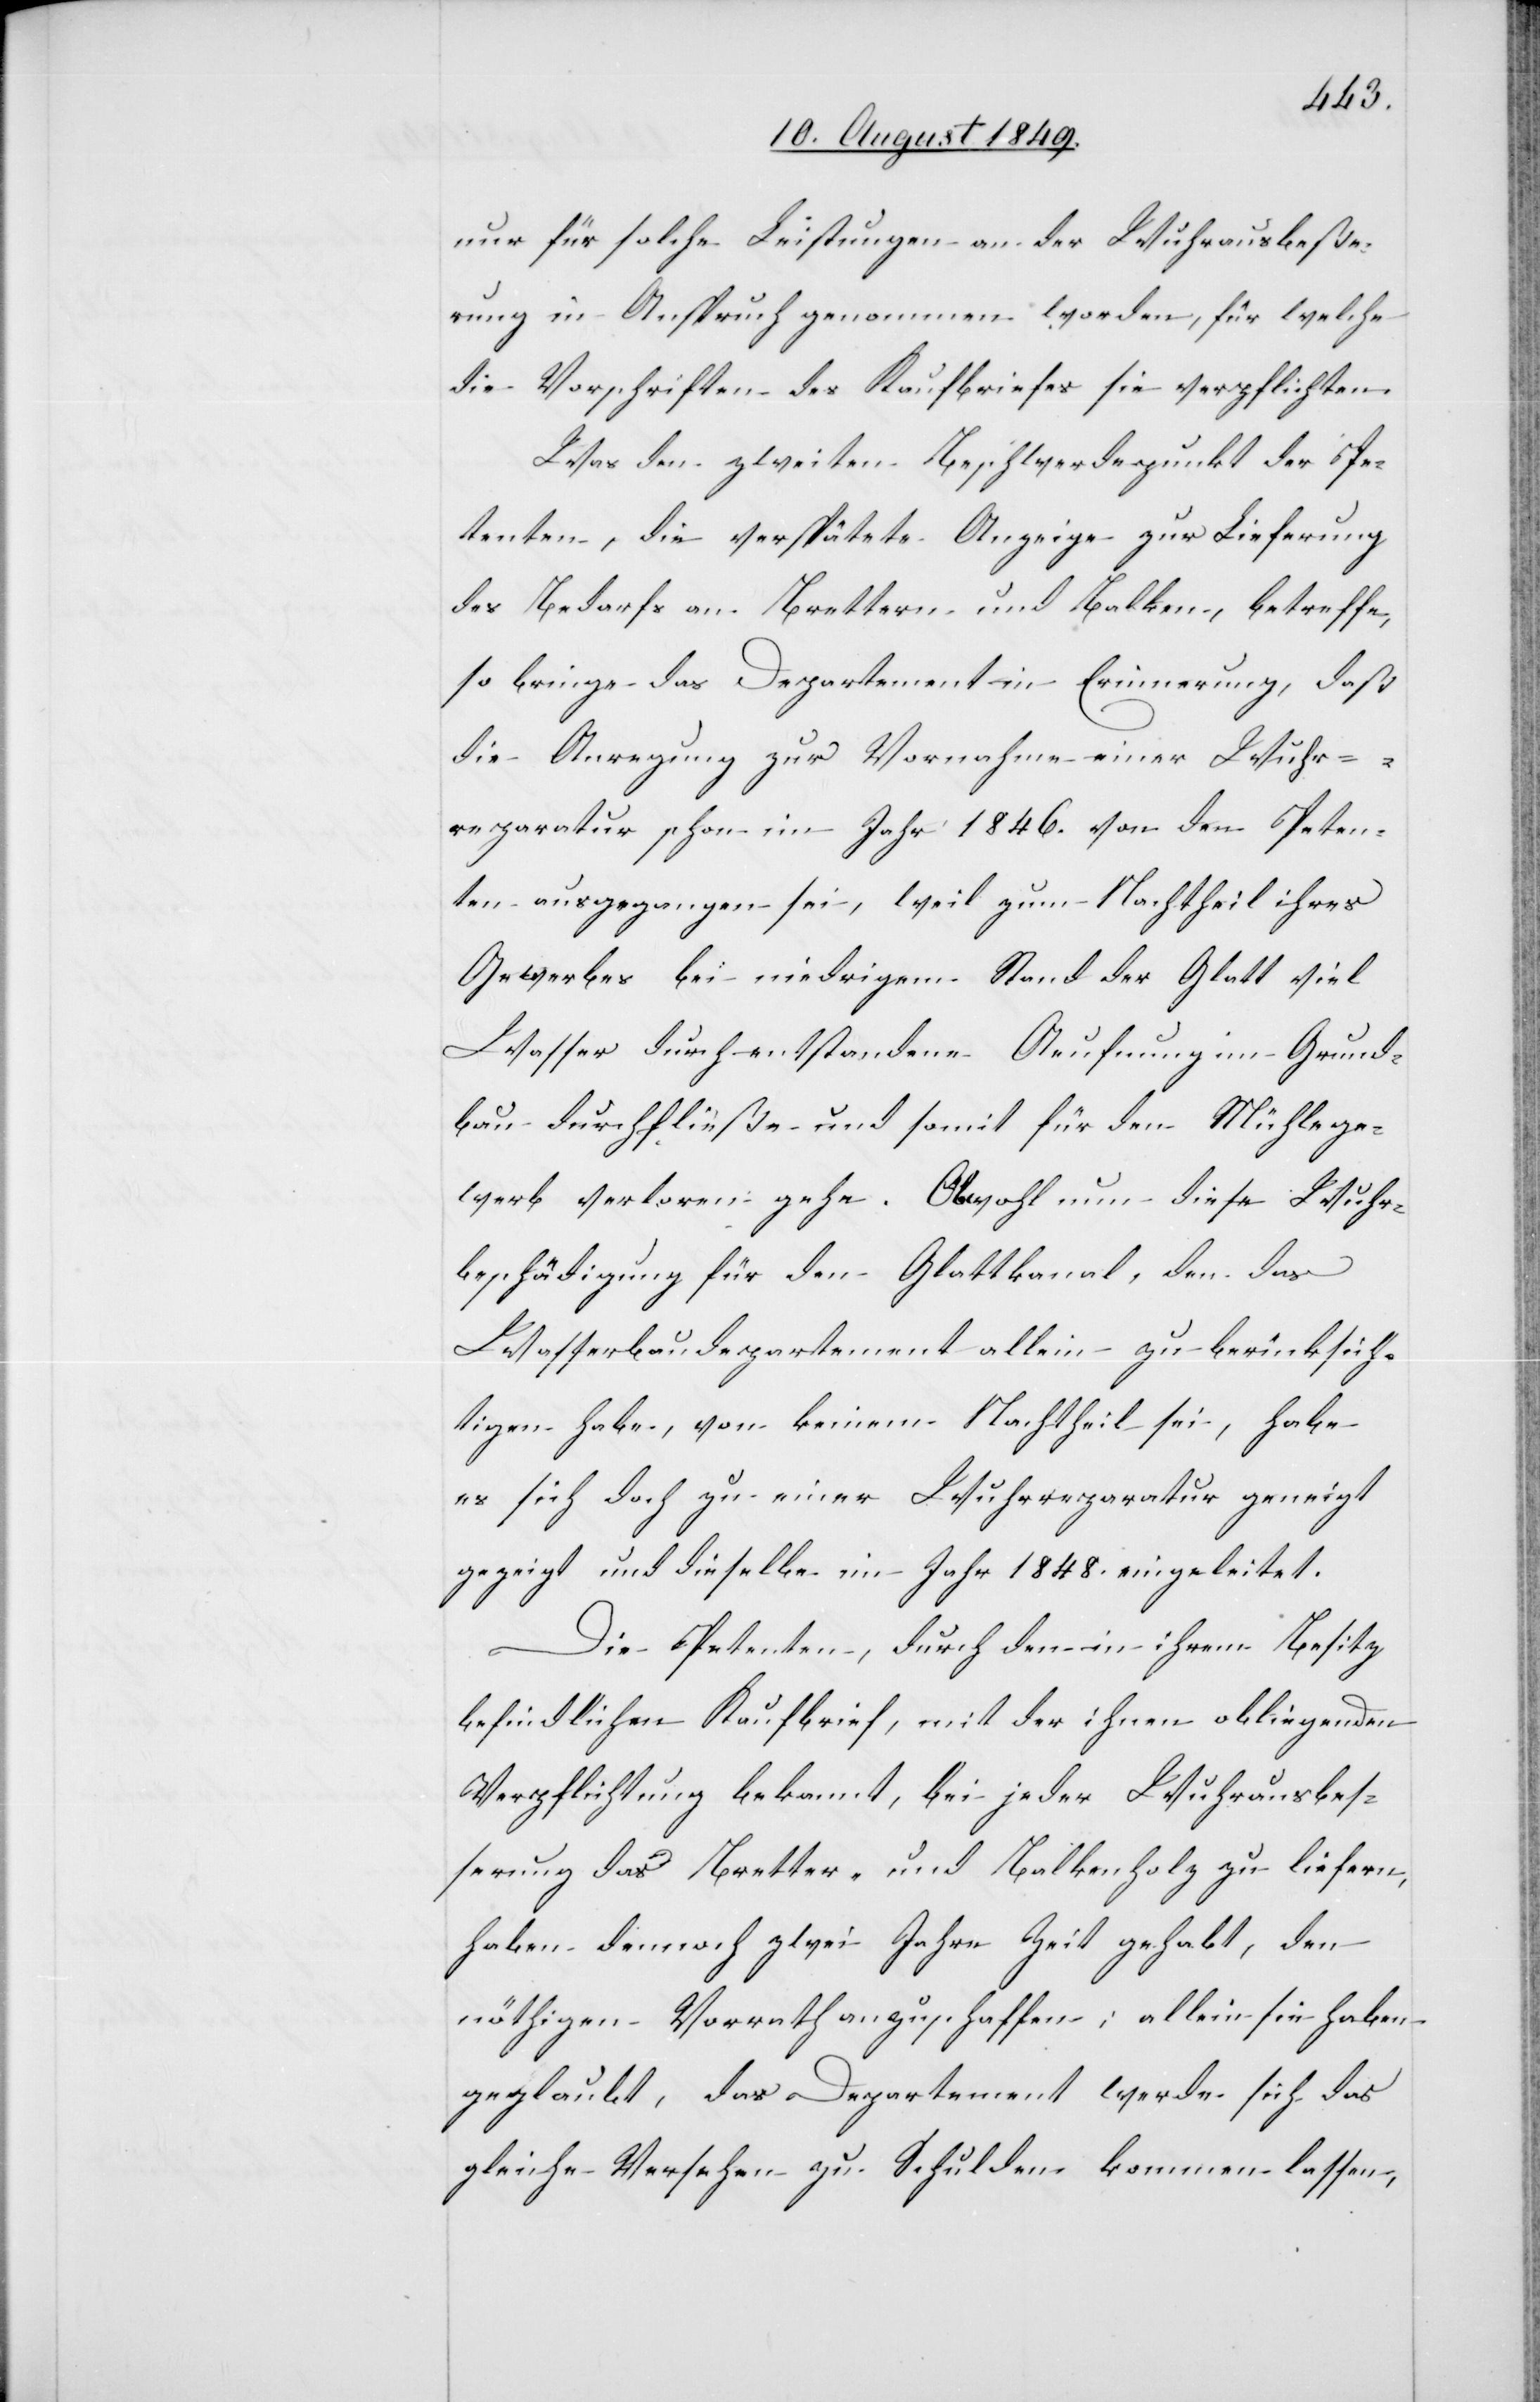
nur für solche Leistungen an der Wuhrausbeße¬
rung in Anspruch genommen worden, für welche
die Vorschriften des Kaufbriefes sie verpflichten.
Was den zweiten Beschwerdepunkt der Pe¬
tenten, die verspätete Anzeige zur Lieferung
des Bedarfs an Brettern und Balken, betreffe,
so bringe das Departement in Erinnerung, daß
die Anregung zur Vornahme einer Wuhr¬
reparatur schon im Jahr 1846. von den Peten¬
ten ausgegangen sei, weil zum Nachtheil ihres
Gewerbes bei niedrigem Stand der Glatt viel
Wasser durch entstandene Aeufnung im Grund¬
bau durchfließe und somit für den [sic!] Mühlege¬
werb verloren gehe. Obwohl nun diese Wuhr¬
beschädigung für den Glattkanal, den das
Wasserbaudepartement allein zu berücksich¬
tigen habe, von keinem Nachtheil sei, habe
es sich doch zu einer Wuhrreparatur geneigt
gezeigt und dieselbe im Jahr 1848. eingeleitet.
Die Petenten, durch den in ihrem Besitz
befindlichen Kaufbrief, mit der ihnen obliegenden
Verpflichtung bekannt, bei jeder Wuhrausbes¬
serung das Bretter- und Balkenholz zu liefern,
haben dennoch zwei Jahre Zeit gehabt, den
nöthigen Vorrath anzuschaffen; allein sie haben
geglaubt, das Departement werde sich das
gleiche Verfahren zu Schulden kommen lassen,